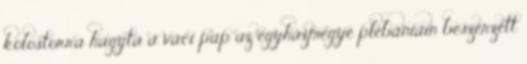
kolostorra hagyta a váci pap az egyházmegye plébániáin beszerzett